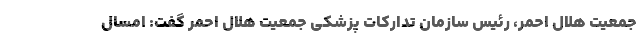
جمعیت هلال احمر، رئیس سازمان تدارکات پزشکی جمعیت هلال احمر گفت: امسال